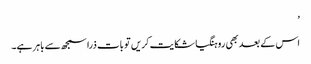
’
اس کے بعد بھی روہنگیا شکایت کریں تو بات ذرا سمجھ سے باہر ہے۔